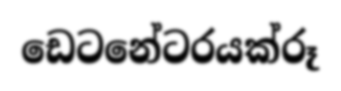
ඩෙටනේටරයක්රූ